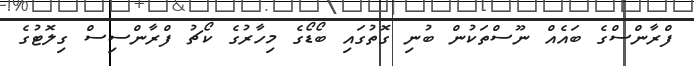
ފްރާންސްގެ ބައެއް ނޫސްތަކުން ބުނި ގޮތުގައި ބޯޑޯގެ މިހާރުގެ ކޯޗު ފްރާންސިސް ގިލޮޓުގެ